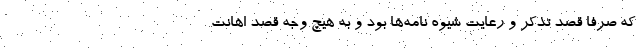
که صرفاً قصد تذکر و رعایت شیوه نامه‌ها بود و به هیچ وجه قصد اهانت